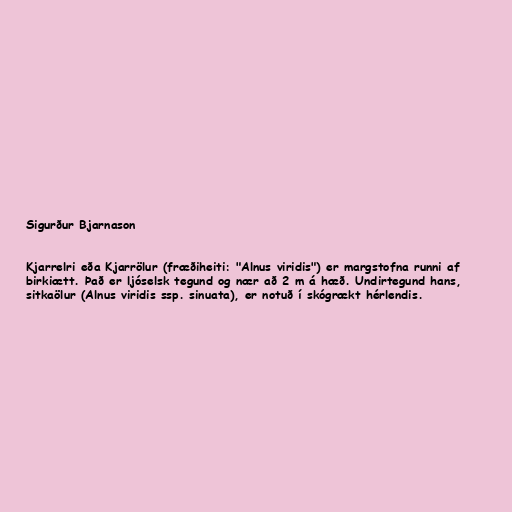
Sigurður Bjarnason

Kjarrelri eða Kjarrölur (fræðiheiti: "Alnus viridis") er margstofna runni af
birkiætt. Það er ljóselsk tegund og nær að 2 m á hæð. Undirtegund hans,
sitkaölur (Alnus viridis ssp. sinuata), er notuð í skógrækt hérlendis.